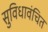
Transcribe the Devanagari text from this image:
सुविधावंचित